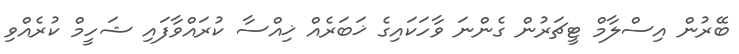
ބޭރުން އިސްލާމް ޓީޗަރުން ގެންނަ ވާހަކައިގެ ޚަބަރެއް ޚިއްސާ ކުރައްވާފައި ޝަހީމް ކުރެއްވި